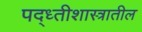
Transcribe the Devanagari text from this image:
पद्ध्तीशास्त्रातील